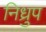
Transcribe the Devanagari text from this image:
निध्रुप